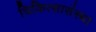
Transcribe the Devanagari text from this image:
चिकित्सासंस्था